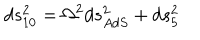
LaTeX: d s _ { 1 0 } ^ { 2 } = \Omega ^ { 2 } d s _ { A d S } ^ { 2 } + d s _ { 5 } ^ { 2 }